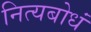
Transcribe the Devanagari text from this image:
नित्यबोधं